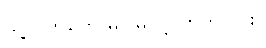
သူ့လက်တွေ မငြိမ်လို့၊ ဟုတ်လား။